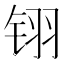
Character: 䦀